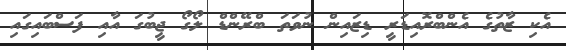
އެކި ޒާތުގެ އެންބްރޮއިޑަރީ ޑިޒައިން ނުވަތަ ބްރޭންޑް ލޯގޯ ޖީބުގަ އާއި ފަސްބައިގައި